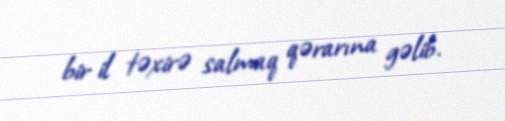
bir il təxirə salmaq qərarına gəlib.